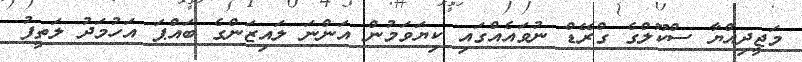
މަޖީދިއްޔާ ސްކޫލްގެ ގްރޭޑް ނުވައެއްގައި ކިޔަވަމުން އަންނަ ލައިޒަންގެ ބައްޕަ އަހުމަދު ލަތީފު